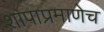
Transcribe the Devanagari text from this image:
शापाप्रमाणेच